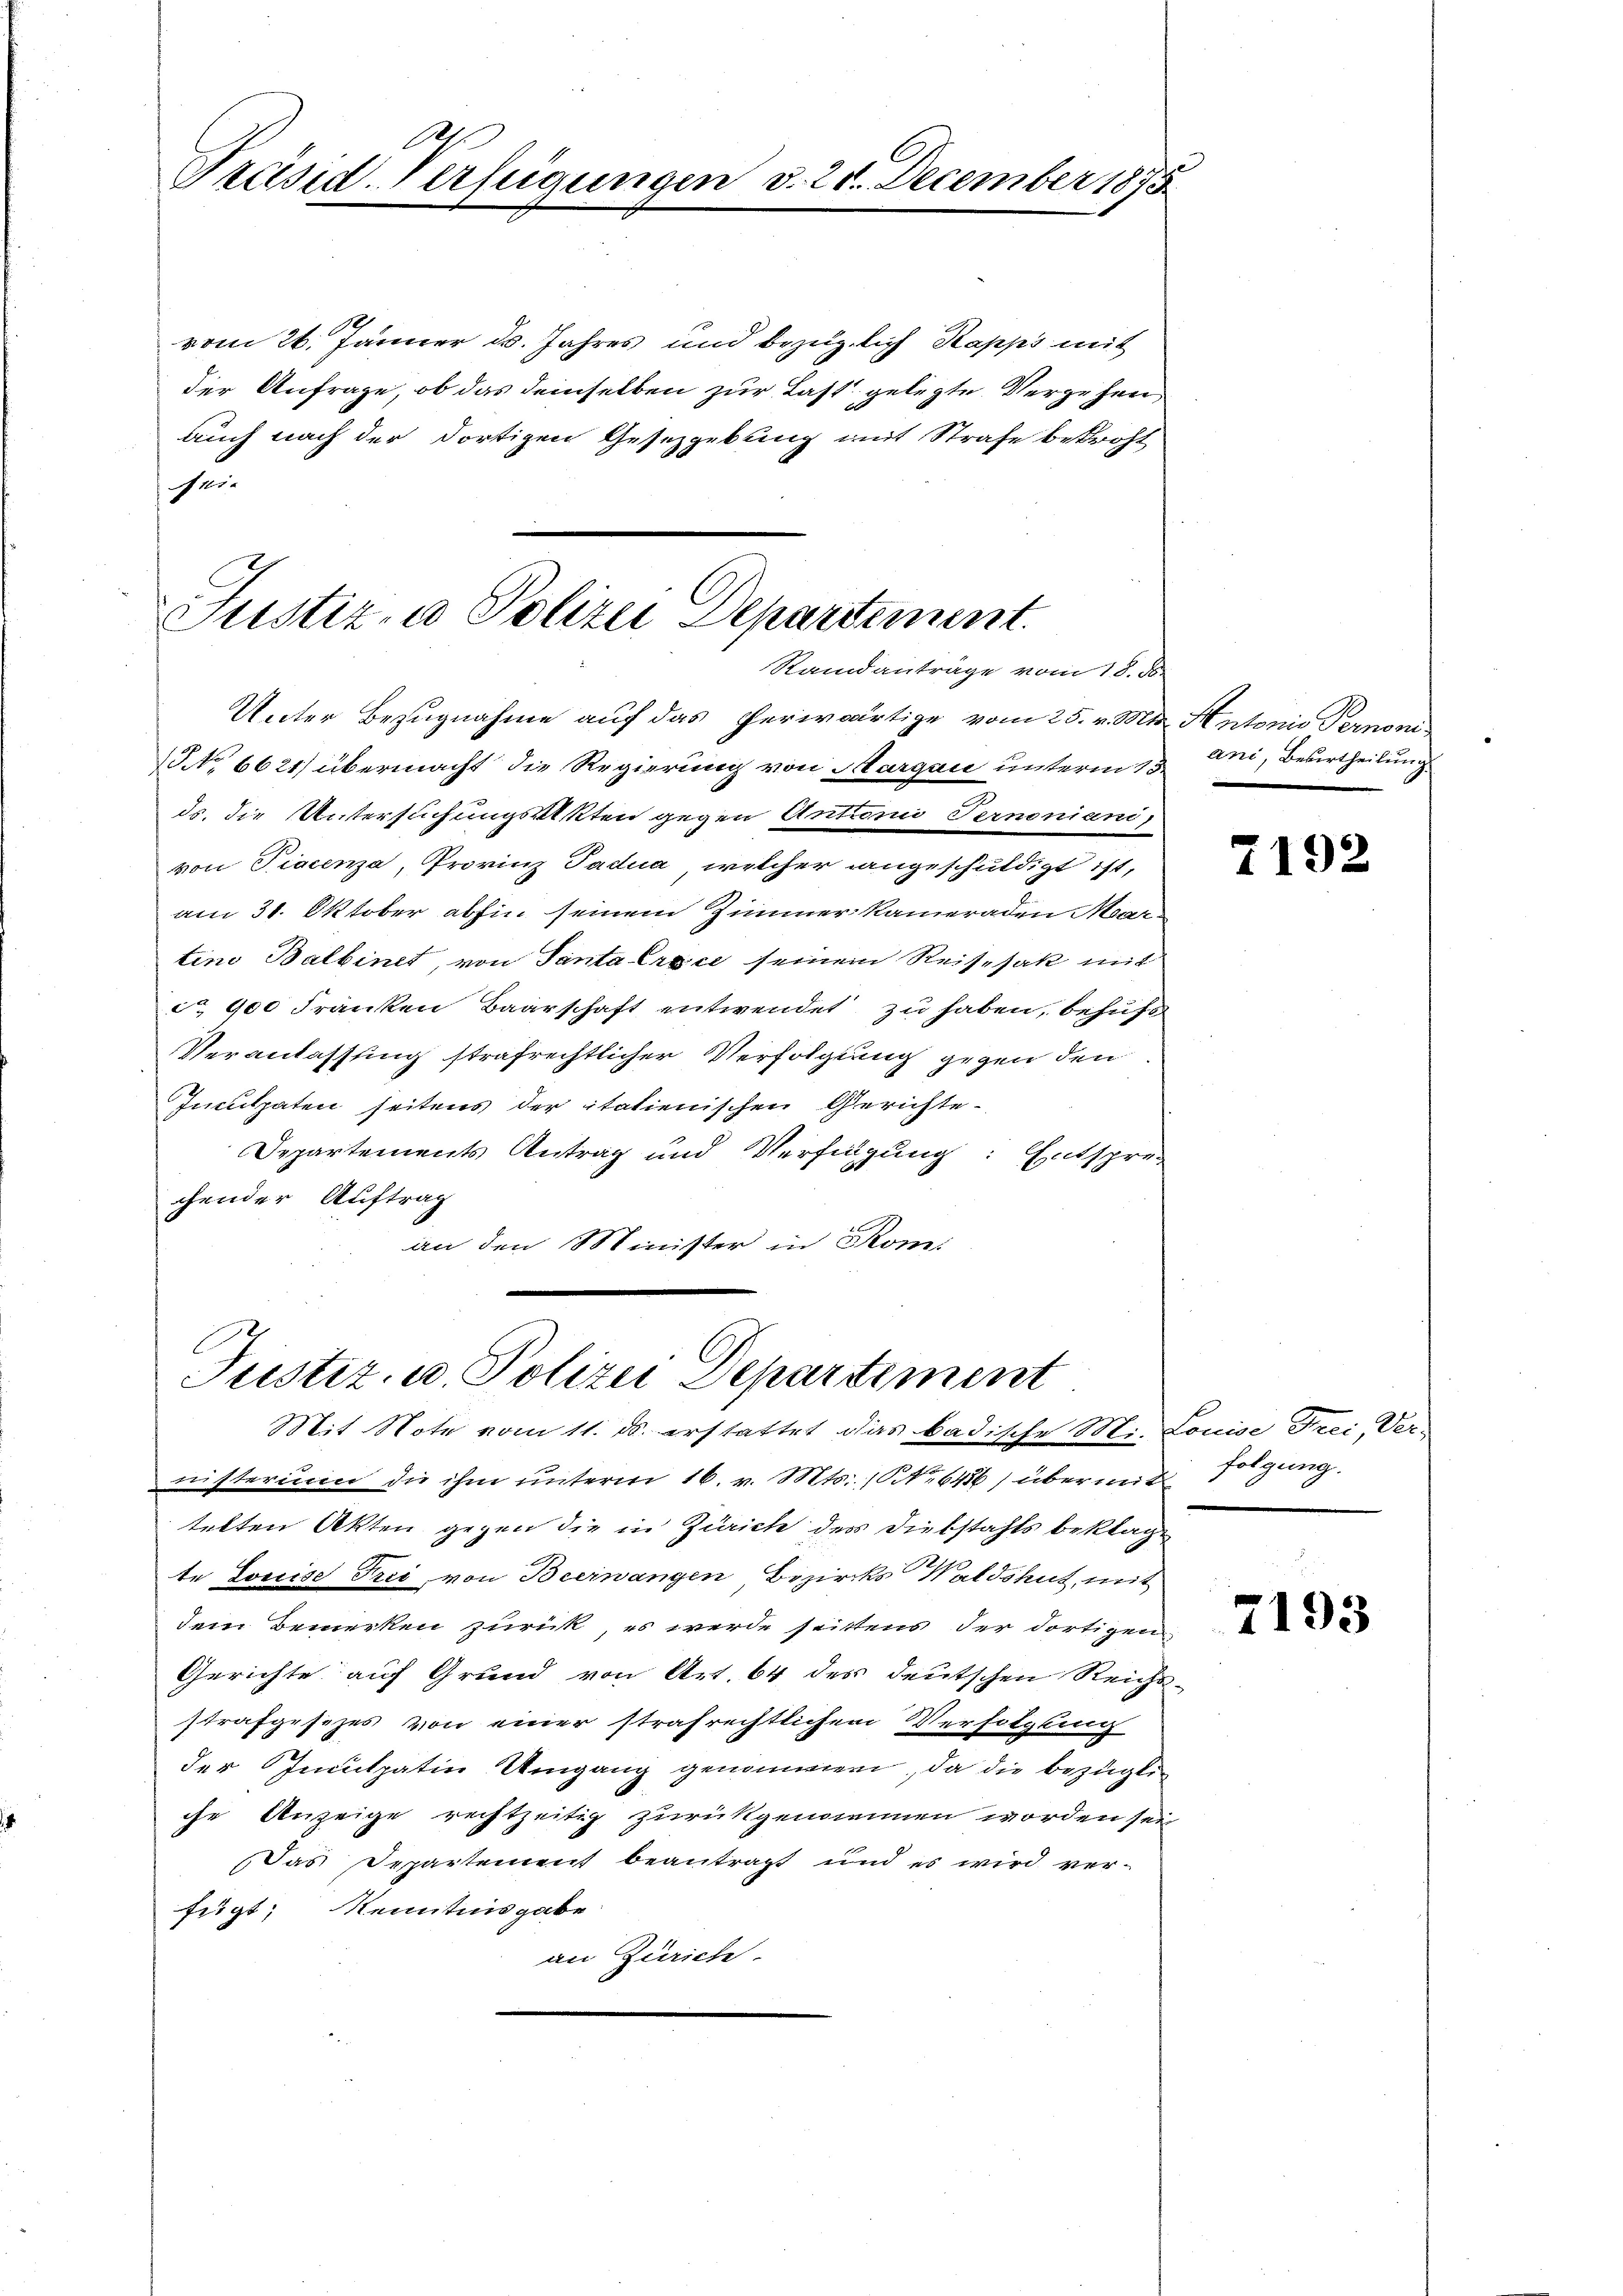
E
Präsid-Verfügungen d. 20. December 1875.

vom 26. Jänner d. Jahres und bezüglich Rapps mit
der Anfrage, ob das demselben zur Last gelegte Vergehen,
auch nach der dortigen Gesetzgebung mit Strafe bekrost
ti- |
Unter Bezugnahme auf das herwärtige vom 25. v. Mts. Antonio Pernoni¬
1 No 6621) übermacht die Regierung von Margau unterm 13.
ds. die Untersuchungssekten gegen Antoni Fernoniani
von Fiacenza, Provinz Padua, welcher angeschuldigt ist,
am 31. Oktober abhin seinem Zimmer Kameraden Martini Balbinet, von Santa Ersce seinem Reisesak mit
ca 900 Franken Baarschaft entwendet zu haben, behufs
Veranlassung strafrechtlicher Verfolgung gegen den
Inculpaten seitens der italienischen Gerichte
Departements Antrag und Verfügung: Entspre-
chender Auftrag
an den Minister in Komi

Justiz- & Polizei Departement.
Randanträge vom 18. ds.

Justiz- u. Polizei Departement
Mit Note vom 11. ds. erstattet das badische Mi. Louise Frei, Ver-

ani, Beurtheilung.

nisterium die ihm unterm 16. v. Mts., No 6456) übermit folgung.
telten Akten gegen die in Zürich des Diebstahls beklage
te Louise Trei, von Beernangen Bezirks Waldshut, mit
dem Bemerken zurück, es werde seittens der dortigen
Gerichte auf Grund von Art. 64 des deutschen Reichs-
strafgesezes von einer strafrechtlichen Verfolgung
der Inculpatin Umgang genommen, da die bezüglic
iche Anzeige rechtzeitig zurückgenommen worden sei
Das Departement beantragt und es wird ver-
fügt, Kenntnisgabe
an Zürich.

7192

7193